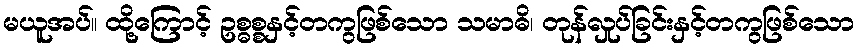
မယူအပ်။ ထို့ကြောင့် ဥစ္ဓစ္စနှင့်တကွဖြစ်သော သမာဓိ၊ တုန်လှုပ်ခြင်းနှင့်တကွဖြစ်သော